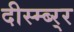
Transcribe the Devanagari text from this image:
दीस्म्ब्र्‍र